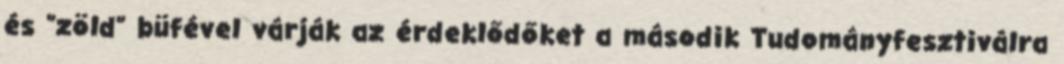
és "zöld" büfével várják az érdeklődőket a második Tudományfesztiválra